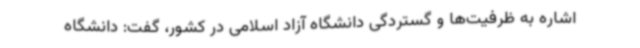
اشاره به ظرفیت‌ها و گستردگی دانشگاه آزاد اسلامی در کشور، گفت: دانشگاه